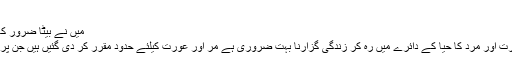
جواب میں کہنیں لگیں :
میں نے بیٹا ضرور کھویا ہے مگر اپنی حیا تو نہیں کھو دی
اسلام میں حیا کا مقام بہت بلند ہے عورت اور مرد کا حیا کے دائرے میں رہ کر زندگی گزارنا بہت ضروری ہے مر اور عورت کیلئے حدود مقرر کر دی گئیں ہیں جن پر ان دونوں کا عمل کرنا ضروری ہے ۔